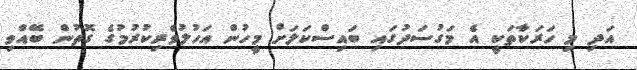
އަދި މި ހަރަކާތަކީ އެ މަގުސަދުގައި ބައިސްކަލަށް މީހުން އަހުލުވެރިކުރުމުގެ ގޮތުން ބޭއްވި